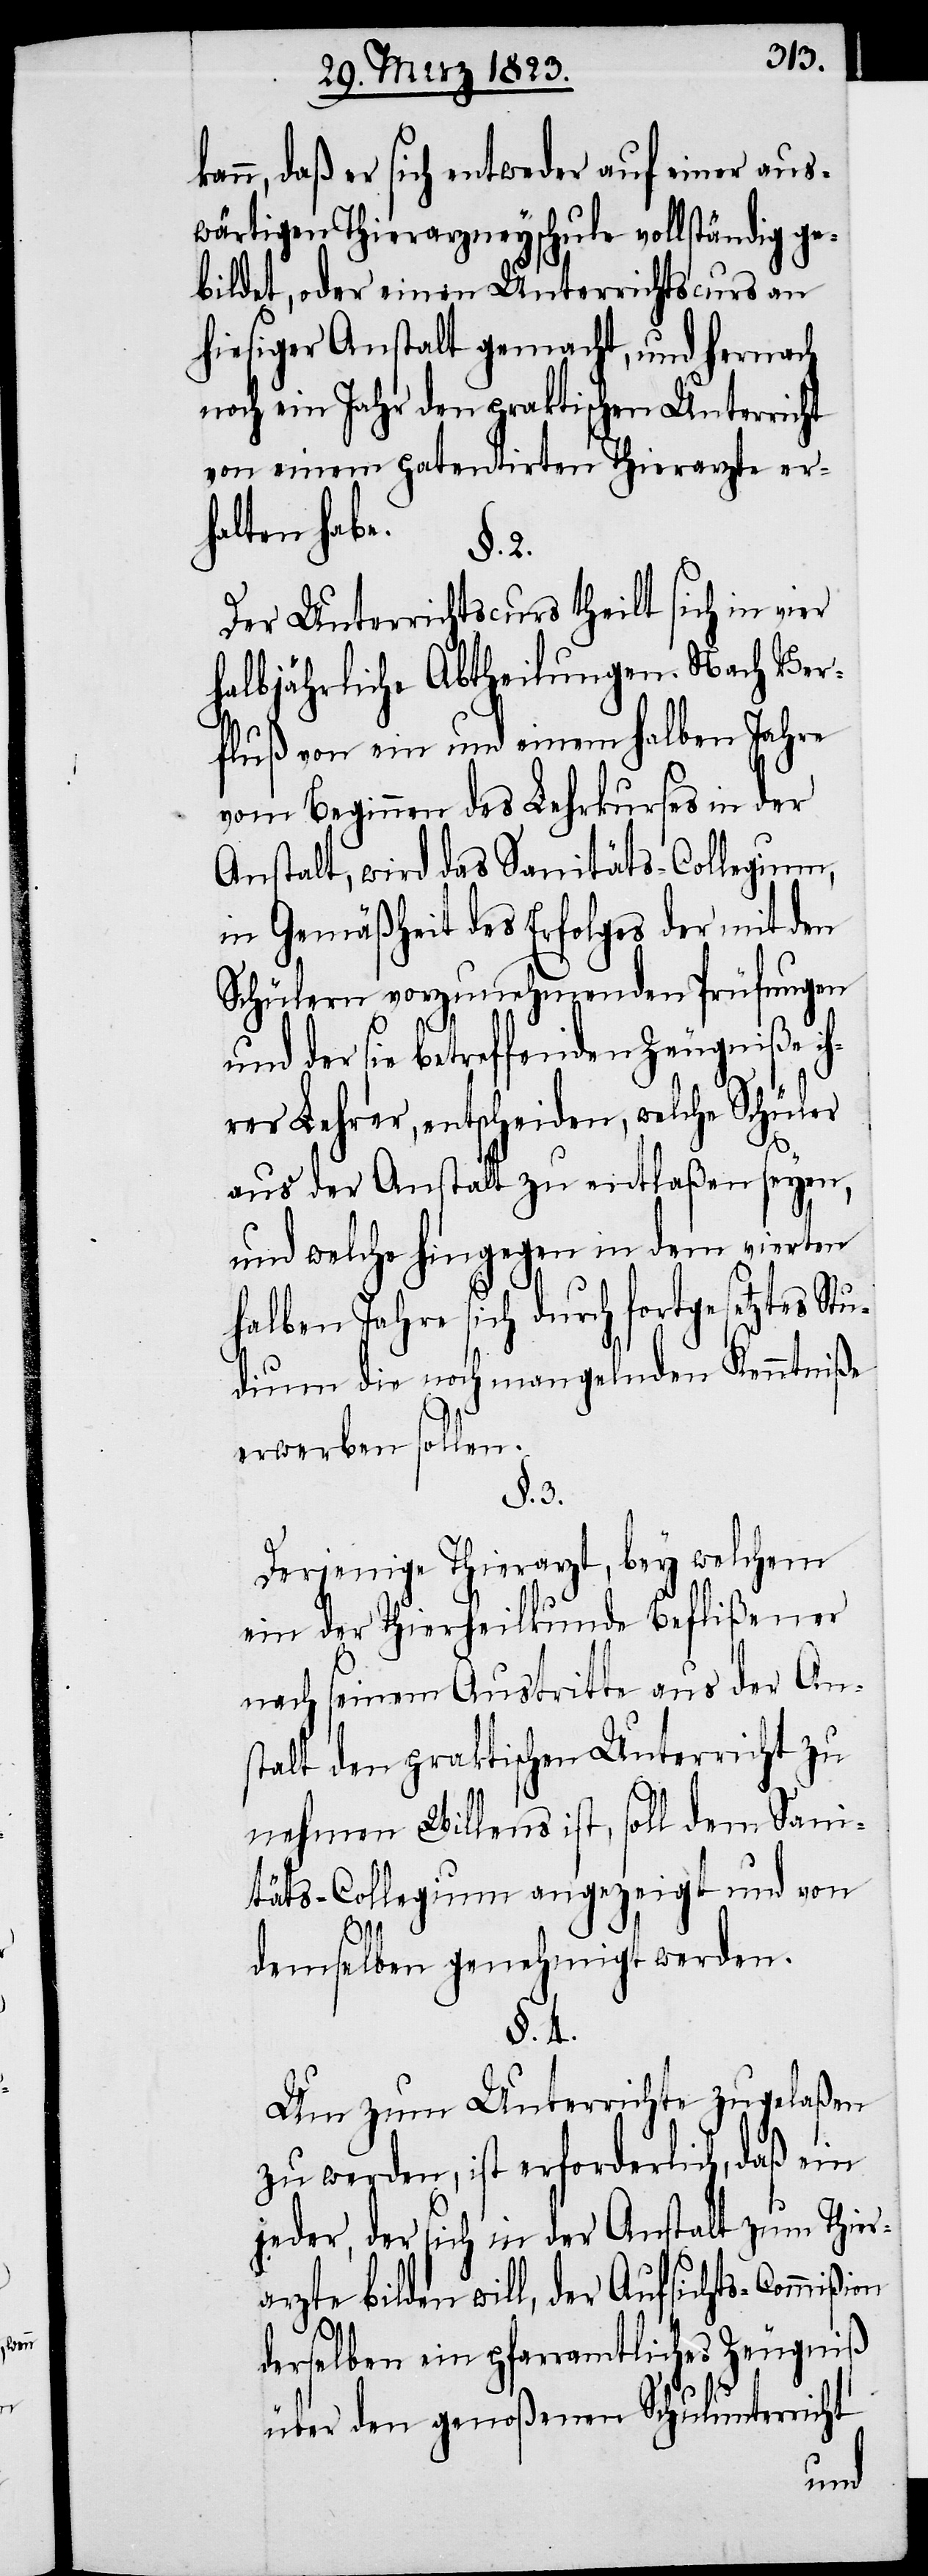
kann, daß er sich entweder auf einer aus¬
wärtigen Thierarzneyschule vollständig ge¬
bildet, oder einen Unterrichtscurs an
hiesiger Anstalt gemacht, und hernach
noch ein Jahr den praktischen Unterricht
von einem patentirten Thierarzte er¬
halten habe.
§. 2.
Der Unterrichtscurs theilt sich in vier
halbjährliche Abtheilungen. Nach Ver¬
fluß von ein und einem halben Jahre
vom Beginnen des Lehrkurses in der
Anstalt, wird das Sanitäts-Collegium,
in Gemäßheit des Erfolges der mit den
Schülern vorzunehmenden Prüfungen
und der sie betreffenden Zeugniße ih¬
rer Lehrer, entscheiden, welche Schüler
aus der Anstalt zu entlaßen seyen,
und welche hingegen in dem vierten
halben Jahre sich durch fortgesetztes Stu¬
dium die noch mangelnden Kenntniße
erwerben sollen.
§. 3.
Derjenige Thierarzt, bey welchem
ein der Thierheilkunde Beflißener
nach seinem Austritte aus der Ans¬
talt den praktischen Unterricht zu
nehmen Willens ist, soll dem Sani¬
täts-Collegium angezeigt und von
demselben genehmigt werden.
§. 4.
Um zum Unterrichte zugelaßen
zu werden, ist erforderlich, daß ein
jeder, der sich in der Anstalt zum Thier¬
arzte bilden will, der Aufsichts-Commißion
derselben ein pfarramtliches Zeugniß
über den genoßenen Schulunterricht